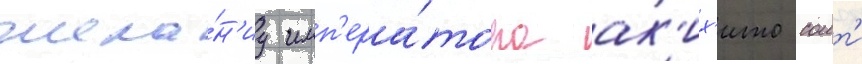
жела́н'иу имп'ера́тора ак'их'ито соит'и